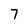
Character: 7